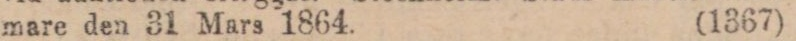
mare den 31 Mars 1864. (1367)